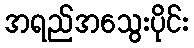
အရည်အသွေးပိုင်း